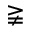
\gneqq